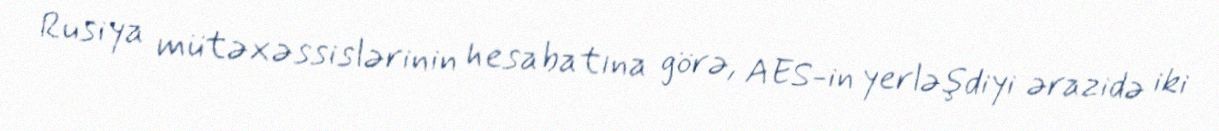
Rusiya mütəxəssislərinin hesabatına görə, AES-in yerləşdiyi ərazidə iki